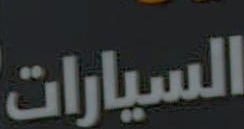
السيارات